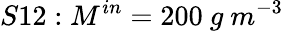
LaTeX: S12:M^{in}=200\ g\ m^{-3}